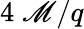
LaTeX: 4\; \mathscr{M}/q